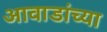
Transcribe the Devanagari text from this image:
आवाडांच्या